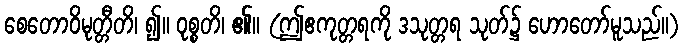
စေတောဝိမုတ္တီတိ၊ ၍။ ဝုစ္စတိ၊ ၏။ (ဤဧကုတ္တရကို ဒသုတ္တရ သုတ်၌ ဟောတော်မူသည်။)